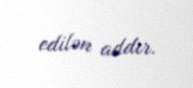
edilən addır.